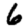
Digit: 6